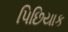
પિછિયાક